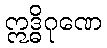
ဣဒ္ဓိဂုဏေ